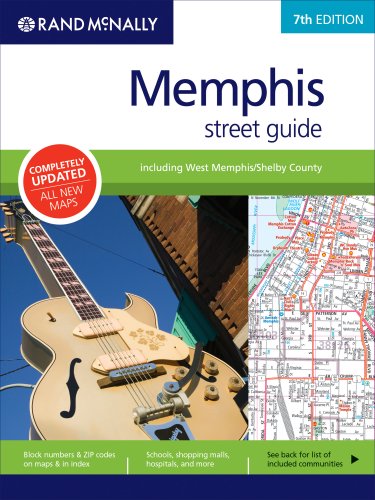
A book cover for Rand McNally Memphis Street Guide: Including West Memphis/Shelby County; Rand Mcnally; Travel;